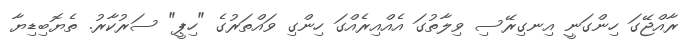
ރާއްޖޭގަ ހިންގަނީ އިނގިރޭސި ވިލާތުގަ އެއްއިރެއްގަ ހިންގި ވައްތަރުގެ "ހިޕީ" ސަރުކާރު. ތެޔޮބިޑިޔާ